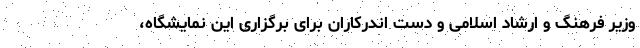
وزیر فرهنگ و ارشاد اسلامی و دست اندرکاران برای برگزاری این نمایشگاه،